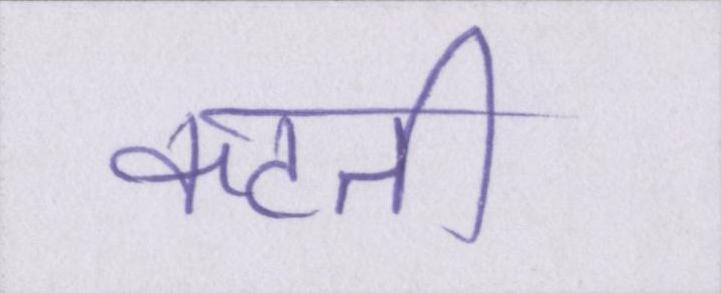
कटती